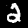
Digit: 2